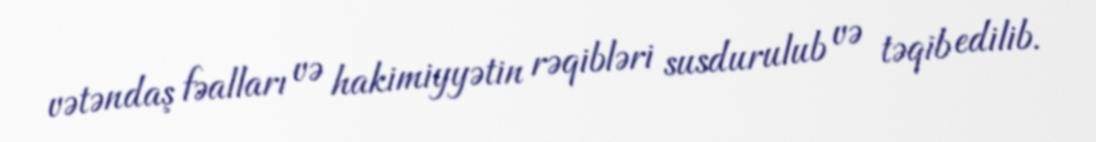
vətəndaş fəalları və hakimiyyətin rəqibləri susdurulub və təqib edilib.